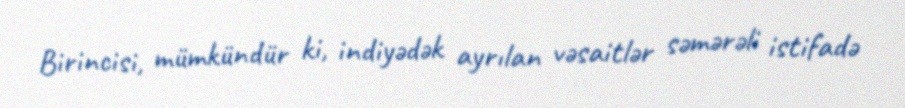
Birincisi, mümkündür ki, indiyədək ayrılan vəsaitlər səmərəli istifadə